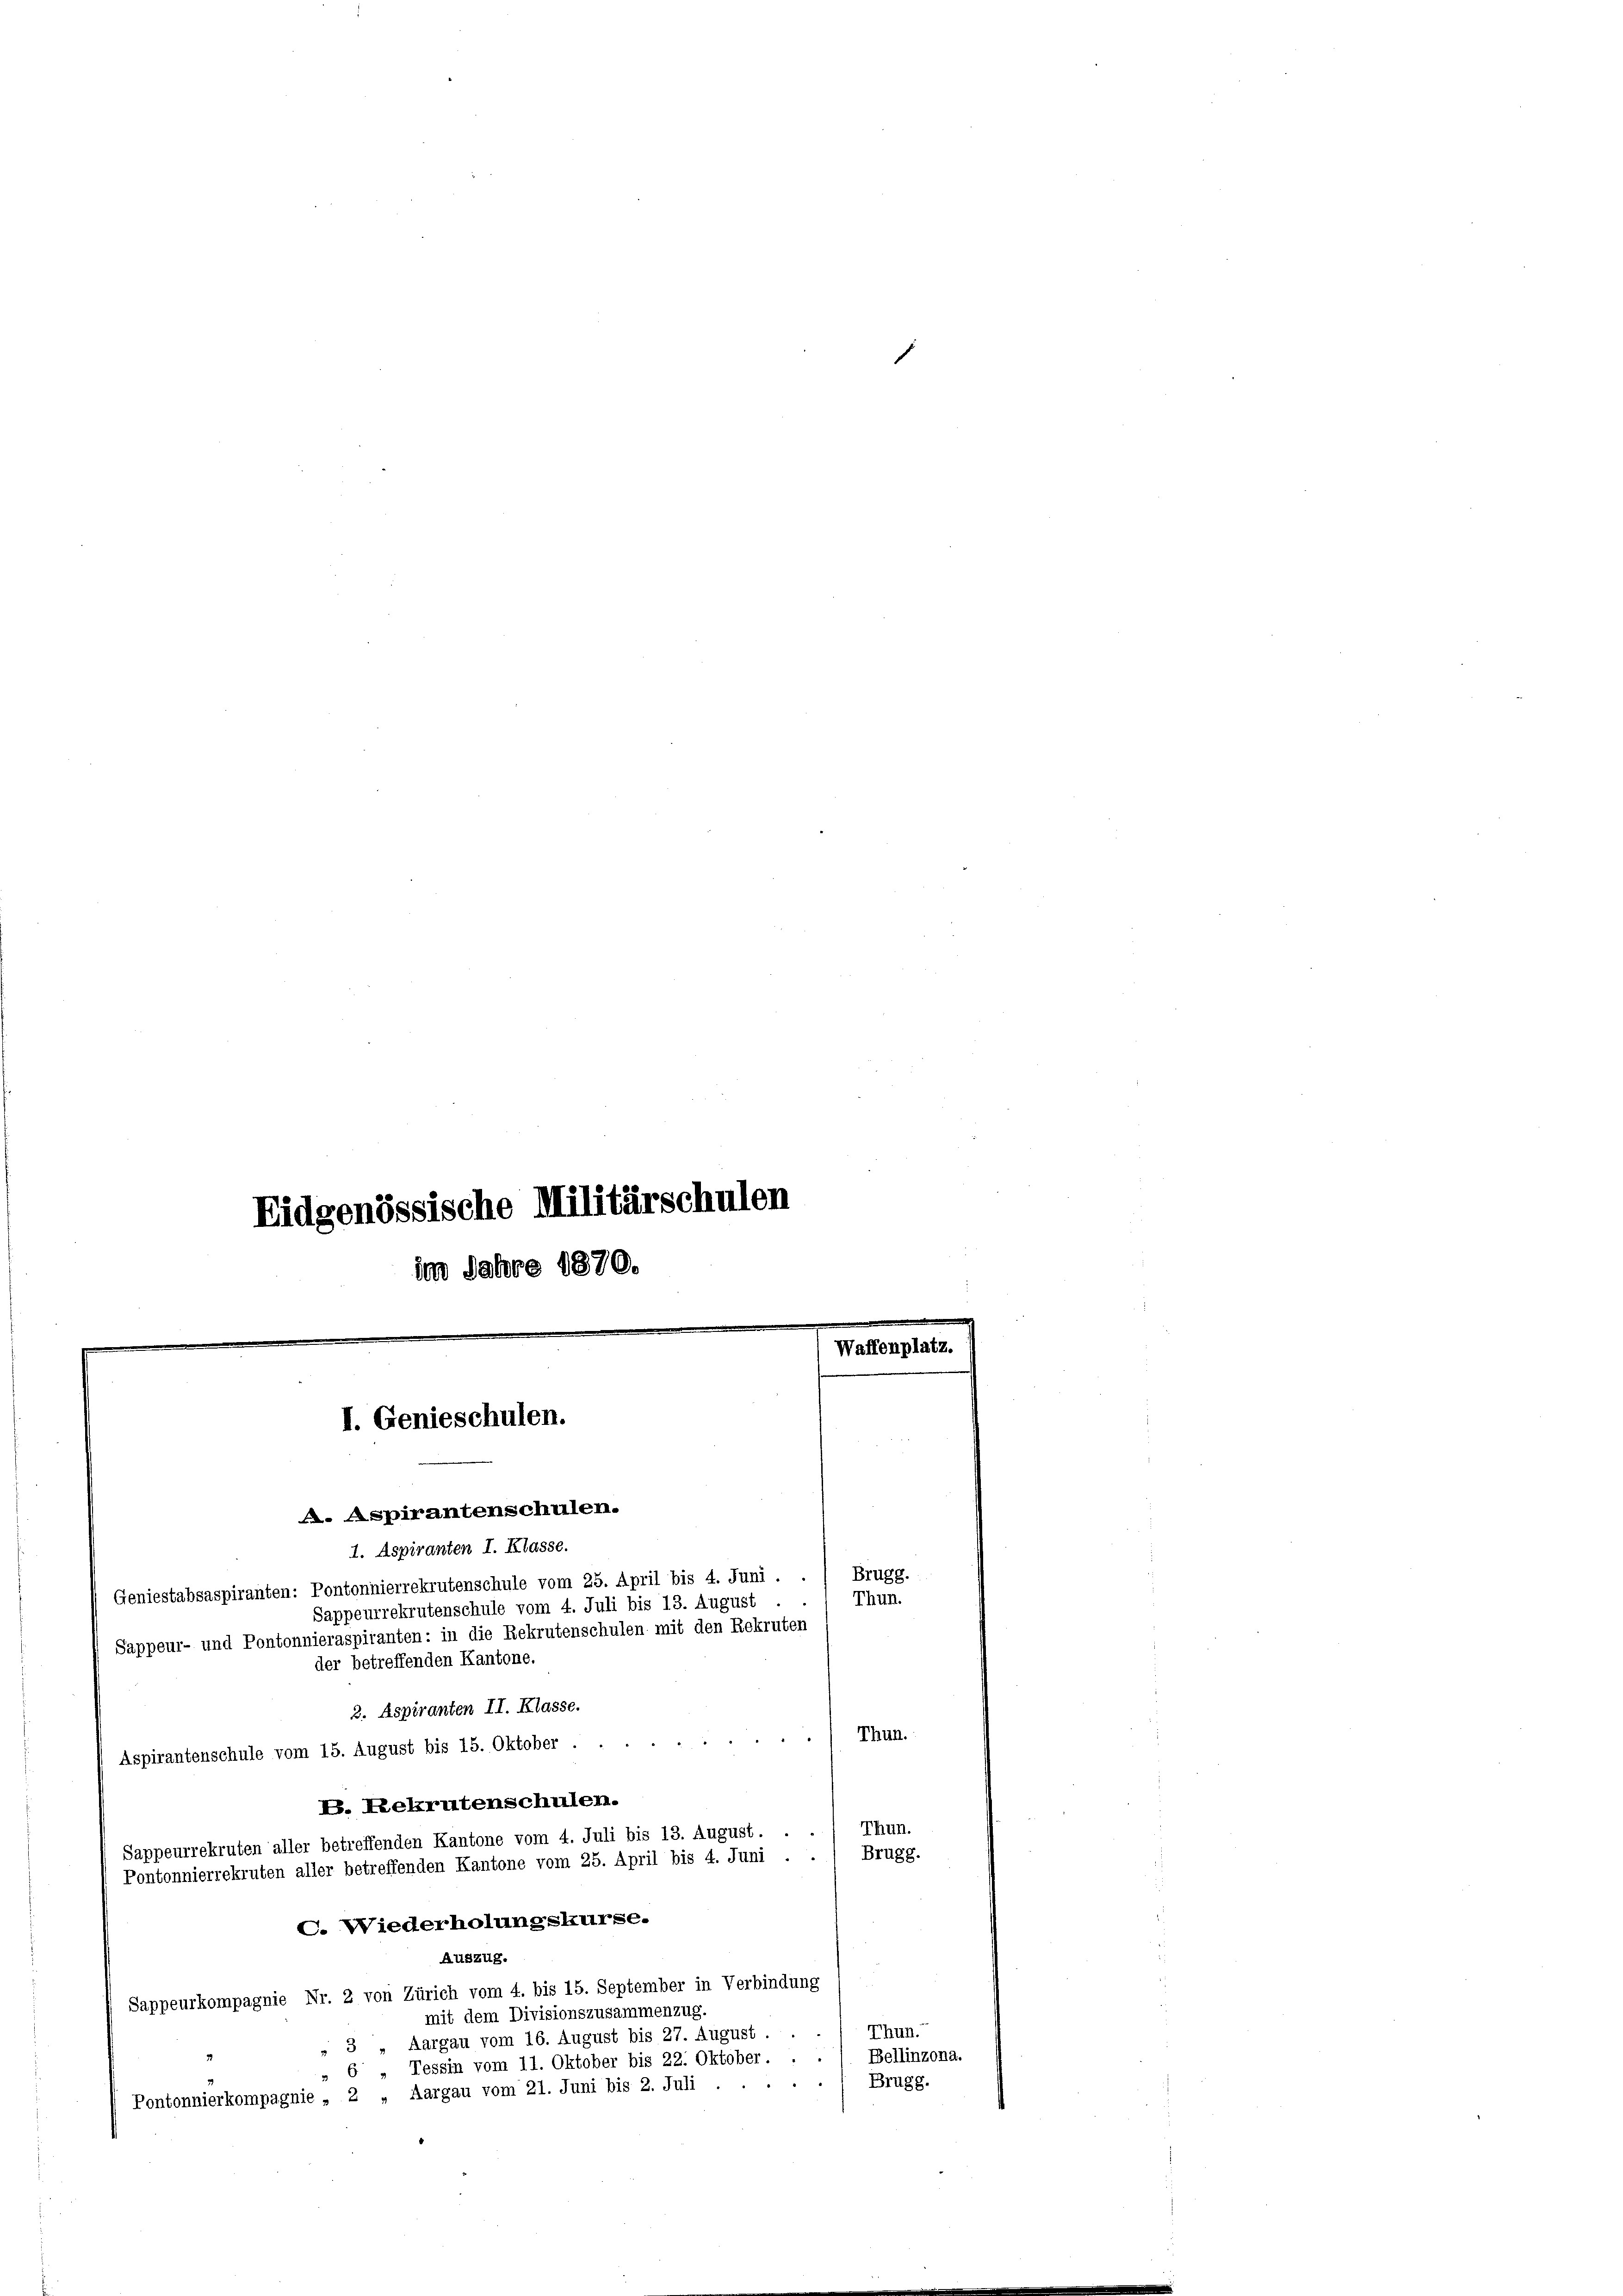
Eidgenössische Militärschulen
im Jahre 1870.

.
I. Genieschulen.
. Aspirantenschulen.

Geniestabsaspiranten: Pontonnierrekrutenschule vom 25. April bis 4. Juni.
2. Aspiranten II. Klasse.
Thun.
Aspirantenschule vom 15. August bis 15. Oktober .
V. Rekrutenschulen.
Sappeurrekruten aller betreffenden Kantone vom 4. Juli bis 13. August. . . / Thun.
Brugg.
Pontonnierrekruten aller betreffenden Kantone vom 25. April bis 4. Juni . .
C. Wiederholungskurse.
Auszug.
Sappeurkompagnie Nr. 2 von Zürich vom 4. bis 15. September in Verbindung
mit dem Divisionszusammenzug.
Thun.
» 3 „Aargau vom 16. August bis 27. August.
„ 6 „ Tessin vom 11. Oktober bis 22. Oktober. . ./. Bellinzona.
Brugg.
Pontonnierkompagnie , 2 „Aargau vom 21. Juni bis 2. Juli . .

der betreffenden Kantone.

1. Aspiranten I. Klasse.
Brugg.
Thun.
Sappeurrekrutenschule vom 4. Juli bis 13. August
Sappeur- und Pontonnieraspiranten: in die Rekrutenschulen mit den Rekruten